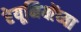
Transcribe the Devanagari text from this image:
रेयूनियोंच्या